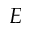
E